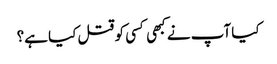
کیا آپ نے کبھی کسی کو قتل کیا ہے؟